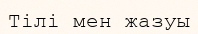
Тілі мен жазуы